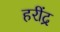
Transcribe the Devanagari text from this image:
हरींद्र